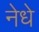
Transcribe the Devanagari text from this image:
नेधे